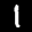
Label: 1